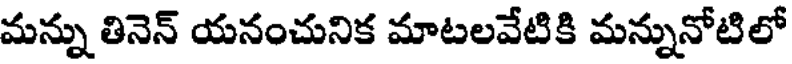
మన్ను తినెన్ యనంచునిక మాటలవేటికి మన్నునోటిలో